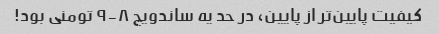
کیفیت پایین‌تر از پایین، در حد یه ساندویچ ۸-۹ تومنی بود!